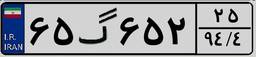
۶۹گ۵۷۵۳۷